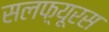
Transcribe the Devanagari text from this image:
सलफ़्यूरस